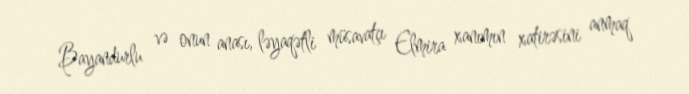
Bayandurlu və onun anası, ləyaqətli müsavatçı Elmira xanımın xatirəsini anmaq